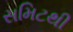
સમિટથી